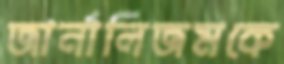
জার্নালিজমকে